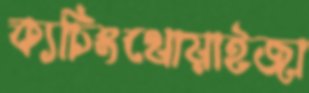
ক্যচিংথোয়াইজা